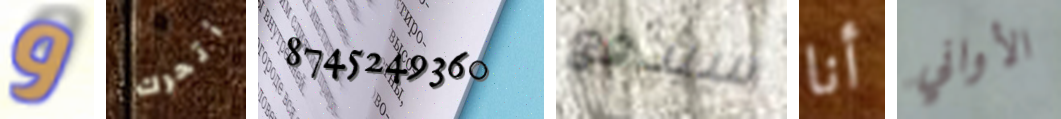
و أتحرك 8745249360 سيدفع أنا الأواني